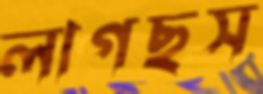
লাগছস